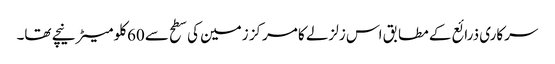
سرکاری ذرائع کے مطابق اس زلزلے کا مرکز زمین کی سطح سے 60کلو میٹر نیچے تھا۔